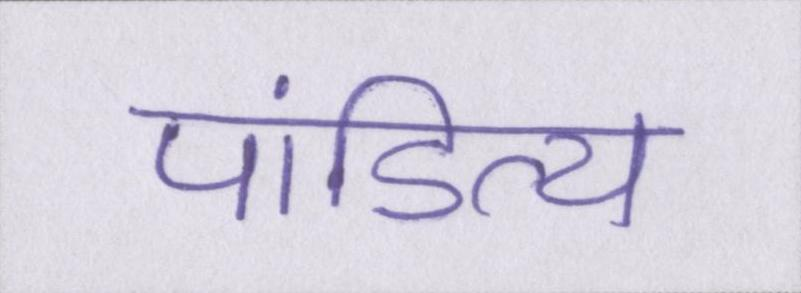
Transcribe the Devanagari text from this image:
पांडित्य